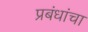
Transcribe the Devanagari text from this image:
प्रबंधांचा